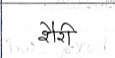
मजकूर: शैरी